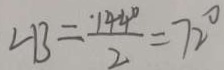
\angle B = \frac { 1 4 4 ^ { \circ } } { 2 } = 7 2 ^ { \circ }